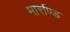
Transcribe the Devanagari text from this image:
मार्त्तण्ड